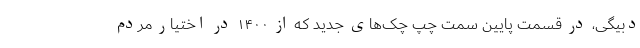
دبیگی، در قسمت پایین سمت چپ چک‌های جدید که از ۱۴۰۰ در اختیار مردم